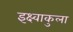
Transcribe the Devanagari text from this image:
इक्ष्वाकुला